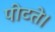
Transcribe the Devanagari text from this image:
पीटते।